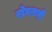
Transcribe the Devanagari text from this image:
रोगरुपी